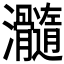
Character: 𤅵